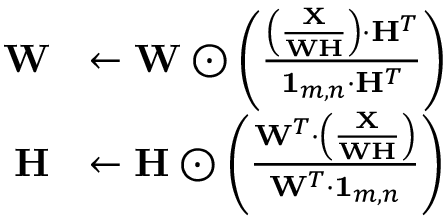
\begin{array} { r l } { \mathbf { W } } & { \leftarrow \mathbf { W } \odot \left( \frac { \left( \frac { \mathbf { X } } { \mathbf { W } \mathbf { H } } \right) \cdot \mathbf { H } ^ { T } } { \mathbf { 1 } _ { m , n } \cdot \mathbf { H } ^ { T } } \right) } \\ { \mathbf { H } } & { \leftarrow \mathbf { H } \odot \left( \frac { \mathbf { W } ^ { T } \cdot \left( \frac { \mathbf { X } } { \mathbf { W } \mathbf { H } } \right) } { \mathbf { W } ^ { T } \cdot \mathbf { 1 } _ { m , n } } \right) } \end{array}